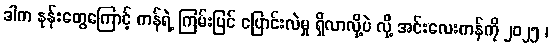
ဒါက နုန်းတွေကြောင့် ကန်ရဲ့ ကြမ်းပြင် ပြောင်းလဲမှု ရှိလာလို့ပဲ လို့ အင်းလေးကန်ကို ၂၀၂၅ ၊